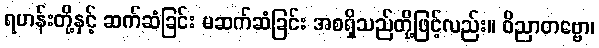
ရဟန်းတို့နှင့် ဆက်ဆံခြင်း မဆက်ဆံခြင်း အစရှိသည်တို့ဖြင့်လည်း။ ဝိညာတဗ္ဗော၊